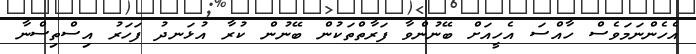
އެހެންނަމަވެސް ހާއްސަ އެހީއަށް ބޭނުންވާ ފަރާތްތަކުން ބޭނުން ކުރާ އުޅަނދު ފަހަރު އިސްތިސްނާ